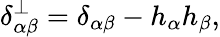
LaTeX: \delta_{\alpha\beta}^{\perp}=\delta_{\alpha\beta}-h_{\alpha}h_{\beta},